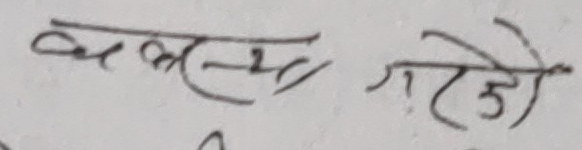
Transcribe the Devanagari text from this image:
कसैले